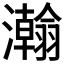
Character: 𬉥